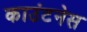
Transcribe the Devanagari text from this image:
काउंटनेस